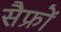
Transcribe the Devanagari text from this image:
सैफ्रों